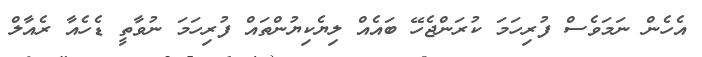
އެހެން ނަމަވެސް ފުރިހަމަ ކުރަންޖެހޭ ބައެއް ލިޔެކިޔުންތައް ފުރިހަމަ ނުވާތީ ޑެހެއާ ރެއާލް